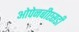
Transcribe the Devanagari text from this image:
ओपेनबीएसडी